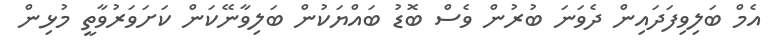
އެމް ބަލިވިފަދައިން ދެވަނަ ބުރުން ވެސް ބޮޑު ބައްޔަކުން ބަލިވާނޭކަން ކަށަވަރުވާތީ މުޅިން